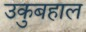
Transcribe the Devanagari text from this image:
उकुबहाल